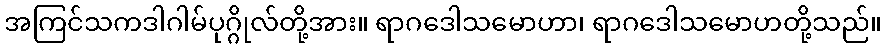
အကြင်သကဒါဂါမ်ပုဂ္ဂိုလ်တို့အား။ ရာဂဒေါသမောဟာ၊ ရာဂဒေါသမောဟတို့သည်။